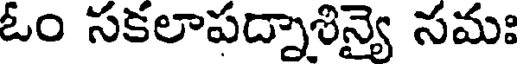
ఓం సకలాపద్నాశిన్యై సమః